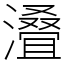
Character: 𣿫